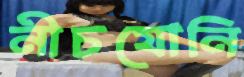
নীচযোনি